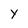
Character: y